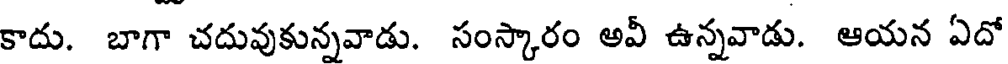
కాదు. బాగా చదువుకున్నవాడు. సంస్కారం అవీ ఉన్నవాడు. ఆయన ఏదో